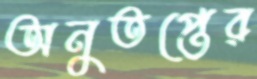
অনুতপ্তের